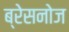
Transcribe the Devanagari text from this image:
ब्रेसनोज